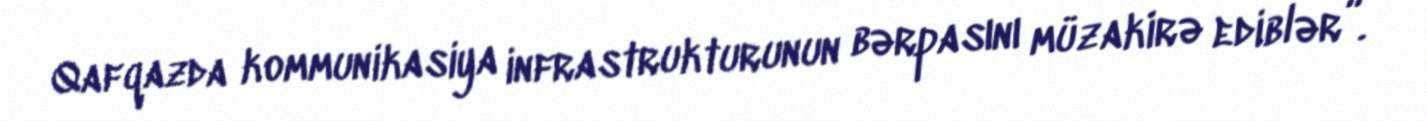
Qafqazda kommunikasiya infrastrukturunun bərpasını müzakirə ediblər”.